system: You are a helpful assistant.
user:
Analyze the provided spectrum to determine if it is a **Carbon Star (C-type)**.

- **Key Visual Indicators of Carbon Star:**
    - **(Primary):** Strong molecular absorption from **C₂ (diatomic carbon) "Swan Bands."** This is the **defining feature** of a carbon star.
        - **(Key Bandheads):** Sharp absorption edges are visible at approximately $5635$ Å, $5165$ Å (the strongest band), and $4737$ Å.
        - **(Line Profile):** Creates a distinct **"saw-tooth"** pattern. The key morphology is a sharp, steep bandhead on the **red (long-wavelength) side**, which then gradually tapers off (i.e., flux recovers) towards the **blue (short-wavelength) side**. *(This is the direct opposite of the TiO bands seen in M-type stars)*.

    - **(Secondary):** Intense **CN (cyanogen)** molecular absorption bands.
        - **(Key Bandheads):** Located in the blue and violet regions of the spectrum (e.g., near $4215$ Å and $3883$ Å).
        - **(Morphology):** These bands are extremely broad and act as a "blanket," absorbing the vast majority of blue and violet light. This creates a characteristic **"cliff"** or **"steep drop-off"** in the spectrum's flux at short wavelengths.

    - **(Key Confirmation):** Strong **CH absorption band (G-band)**.
        - **(Key Bandhead):** Located around $4300$ Å. The contribution from CH molecules to this band is exceptionally strong.

    - **(Overall Spectrum):**
        - The continuum is severely "chopped up" by these deep molecular bands, especially C₂, rather than appearing as a smooth curve.
        - Due to the heavy CN and C₂ absorption in the blue-green, the vast majority of the star's flux is concentrated in the red part of the spectrum, giving the star its characteristic deep red color.

Think first, call **spectral_visualization_tool** if needed to examine features in detail, then provide your final answer. Your response must adhere to the following strict rules:
1.  **Overall Structure:** Your response must follow the format `<think>...</think> <tool_call>...</tool_call> (if a tool is used) <answer>...</answer>`.
2.  **Tool Usage Constraint:** You may only make **one** tool call per turn.
3.  **Final Answer Format:** In the `<answer>` tag, your conclusion must be inside a `\boxed{}` command (e.g., `\boxed{YES}`), followed by your justification.

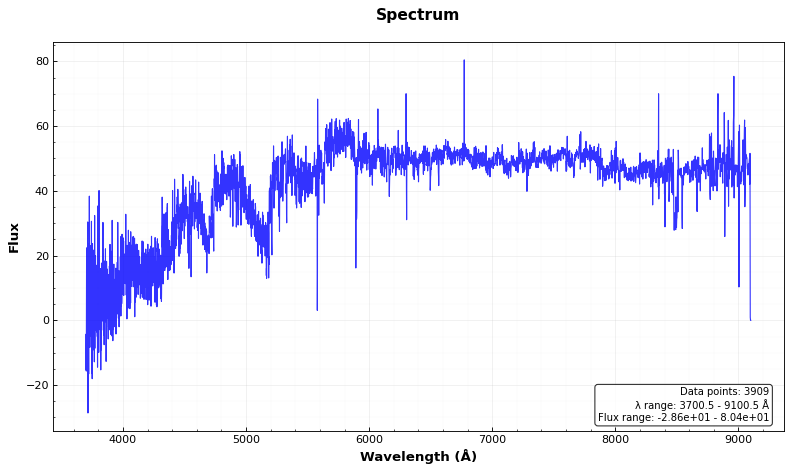
Answer: YES